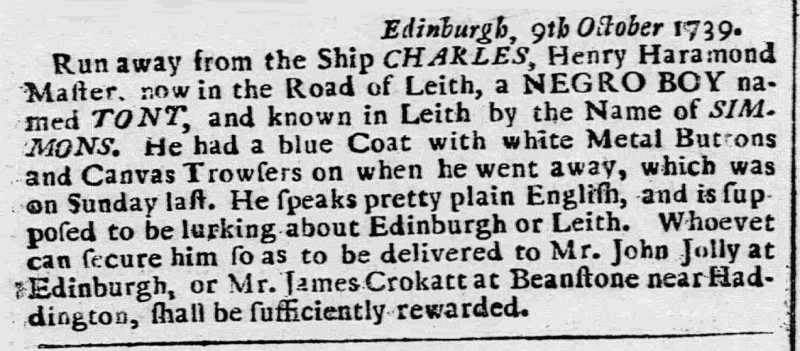
Caledonian Mercury, 15 October 1739 (Scotland)
                                    Edinburgh, 9th October 1739.Run away from the Ship CHARLES, Henry Haramond Master, now in the Road of Leith, a NEGRO BOY named TONT, and known in Leith by the Name of SIMMONS. He had a blue Coat with white Metal Buttons and Canvas Trowsers on when he went away, which was on Sunday last. He speaks pretty plain English, and is supposed to be lurking about Edinburgh or Leith. Whoevet can secure him so as to be delivered to Mr. John Jolly at Edinburgh, or Mr. James Crokatt at Beanstone near Haddington, shall be sufficiently rewarded.